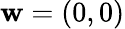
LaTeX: \mathbf{w}=(0,0)